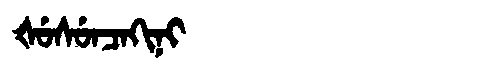
Manchu: ᡧᡠᠰᡠᠨᠴᠠᡴᡳᠨᡳ
Romanization: ŠUSUNCAKINI